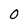
Character: 0